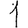
Digit: 1